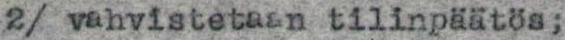
2/ vahvistetaan tilinpäätös;